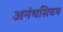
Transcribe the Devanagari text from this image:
अनंथसिवम